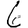
Digit: 6